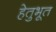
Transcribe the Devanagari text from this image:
हेतुभूत